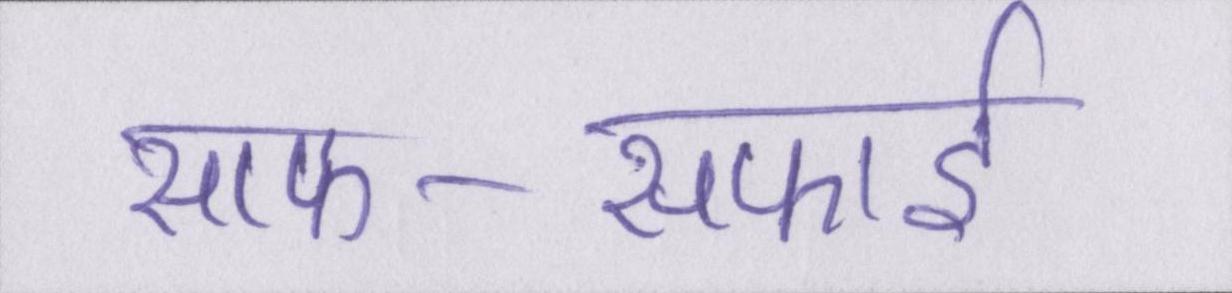
साफ-सफाई